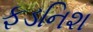
ફડનિશ